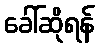
ခေါ်ဆိုရန်